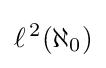
\ell ^{\,2}(\aleph _{0})